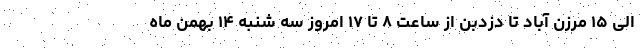
الی ۱۵ مرزن آباد تا دزدبن از ساعت ۸ تا ۱۷ امروز سه شنبه ۱۴ بهمن ماه